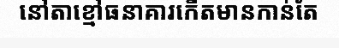
នៅតាខ្មៅធនាគារកើតមានកាន់តែ